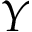
Y